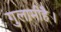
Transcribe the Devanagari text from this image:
गुलामीहै।